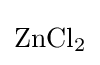
{\mathrm {ZnCl} {\vphantom {A}}_{\smash[{t}]{2}}}